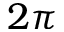
2 \pi